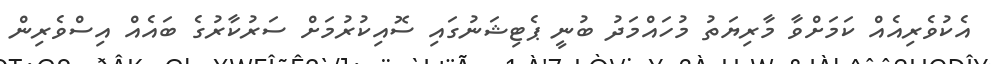
އެކުވެރިއެއް ކަމަށްވާ މާރިޔަތު މުހައްމަދު ބުނީ ޕެޓިޝަނުގައި ސޮއިކުރުމަށް ސަރުކާރުގެ ބައެއް އިސްވެރިން